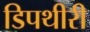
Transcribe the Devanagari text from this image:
डिपथीरी